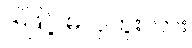
ဒါဖြင့် မလှဘူးလား